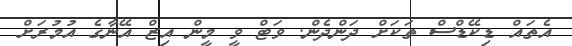
އެތައް ޑިކޭޑްސް ތަކަށް ދަންދެން. ވަޓް ވީ މީން އިޒް އޭނާގެ އުމުރަށް